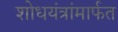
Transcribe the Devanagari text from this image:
शोधयंत्रांमार्फत